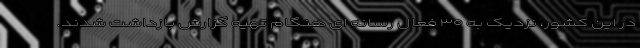
در این کشور، نزدیک به ۳۰ فعال رسانه ای هنگام تهیه گزارش بازداشت شدند.